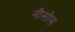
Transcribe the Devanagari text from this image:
नौसोस